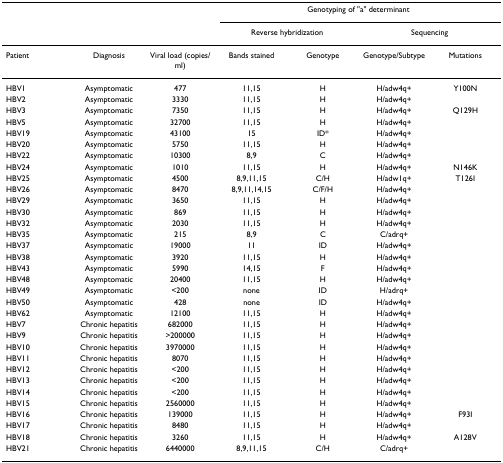
<table><thead><tr><td></td><td></td><td></td><td colspan="4"><b>Genotyping of &quot;a&quot; determinant</b></td></tr><tr><td></td><td></td><td></td><td colspan="2"><b>Reverse hybridization</b></td><td colspan="2"><b>Sequencing</b></td></tr></thead><tbody><tr><td>Patient</td><td>Diagnosis</td><td>Viral load (copies/ml)</td><td>Bands stained</td><td>Genotype</td><td>Genotype/Subtype</td><td>Mutations</td></tr><tr><td>HBV1</td><td>Asymptomatic</td><td>477</td><td>11,15</td><td>H</td><td>H/adw4q+</td><td>Y100N</td></tr><tr><td>HBV2</td><td>Asymptomatic</td><td>3330</td><td>11,15</td><td>H</td><td>H/adw4q+</td><td></td></tr><tr><td>HBV3</td><td>Asymptomatic</td><td>7350</td><td>11,15</td><td>H</td><td>H/adw4q+</td><td>Q129H</td></tr><tr><td>HBV5</td><td>Asymptomatic</td><td>32700</td><td>11,15</td><td>H</td><td>H/adw4q+</td><td></td></tr><tr><td>HBV19</td><td>Asymptomatic</td><td>43100</td><td>15</td><td>ID*</td><td>H/adw4q+</td><td></td></tr><tr><td>HBV20</td><td>Asymptomatic</td><td>5750</td><td>11,15</td><td>H</td><td>H/adw4q+</td><td></td></tr><tr><td>HBV22</td><td>Asymptomatic</td><td>10300</td><td>8,9</td><td>C</td><td>H/adw4q+</td><td></td></tr><tr><td>HBV24</td><td>Asymptomatic</td><td>1010</td><td>11,15</td><td>H</td><td>H/adw4q+</td><td>N146K</td></tr><tr><td>HBV25</td><td>Asymptomatic</td><td>4500</td><td>8,9,11,15</td><td>C/H</td><td>H/adw1q+</td><td>T126I</td></tr><tr><td>HBV26</td><td>Asymptomatic</td><td>8470</td><td>8,9,11,14,15</td><td>C/F/H</td><td>H/adw4q+</td><td></td></tr><tr><td>HBV29</td><td>Asymptomatic</td><td>3650</td><td>11,15</td><td>H</td><td>H/adw4q+</td><td></td></tr><tr><td>HBV30</td><td>Asymptomatic</td><td>869</td><td>11,15</td><td>H</td><td>H/adw4q+</td><td></td></tr><tr><td>HBV32</td><td>Asymptomatic</td><td>2030</td><td>11,15</td><td>H</td><td>H/adw4q+</td><td></td></tr><tr><td>HBV35</td><td>Asymptomatic</td><td>215</td><td>8,9</td><td>C</td><td>C/adrq+</td><td></td></tr><tr><td>HBV37</td><td>Asymptomatic</td><td>19000</td><td>11</td><td>ID</td><td>H/adw4q+</td><td></td></tr><tr><td>HBV38</td><td>Asymptomatic</td><td>3920</td><td>11,15</td><td>H</td><td>H/adw4q+</td><td></td></tr><tr><td>HBV43</td><td>Asymptomatic</td><td>5990</td><td>14,15</td><td>F</td><td>H/adw4q+</td><td></td></tr><tr><td>HBV48</td><td>Asymptomatic</td><td>20400</td><td>11,15</td><td>H</td><td>H/adw4q+</td><td></td></tr><tr><td>HBV49</td><td>Asymptomatic</td><td>&lt;200</td><td>none</td><td>ID</td><td>H/adrq+</td><td></td></tr><tr><td>HBV50</td><td>Asymptomatic</td><td>428</td><td>none</td><td>ID</td><td>H/adw4q+</td><td></td></tr><tr><td>HBV62</td><td>Asymptomatic</td><td>12100</td><td>11,15</td><td>H</td><td>H/adw4q+</td><td></td></tr><tr><td>HBV7</td><td>Chronic hepatitis</td><td>682000</td><td>11,15</td><td>H</td><td>H/adw4q+</td><td></td></tr><tr><td>HBV9</td><td>Chronic hepatitis</td><td>&gt;200000</td><td>11,15</td><td>H</td><td>H/adw4q+</td><td></td></tr><tr><td>HBV10</td><td>Chronic hepatitis</td><td>3970000</td><td>11,15</td><td>H</td><td>H/adw4q+</td><td></td></tr><tr><td>HBV11</td><td>Chronic hepatitis</td><td>8070</td><td>11,15</td><td>H</td><td>H/adw4q+</td><td></td></tr><tr><td>HBV12</td><td>Chronic hepatitis</td><td>&lt;200</td><td>11,15</td><td>H</td><td>H/adw4q+</td><td></td></tr><tr><td>HBV13</td><td>Chronic hepatitis</td><td>&lt;200</td><td>11,15</td><td>H</td><td>H/adw4q+</td><td></td></tr><tr><td>HBV14</td><td>Chronic hepatitis</td><td>&lt;200</td><td>11,15</td><td>H</td><td>H/adw4q+</td><td></td></tr><tr><td>HBV15</td><td>Chronic hepatitis</td><td>2560000</td><td>11,15</td><td>H</td><td>H/adw4q+</td><td></td></tr><tr><td>HBV16</td><td>Chronic hepatitis</td><td>139000</td><td>11,15</td><td>H</td><td>H/adw4q+</td><td>F93I</td></tr><tr><td>HBV17</td><td>Chronic hepatitis</td><td>8480</td><td>11,15</td><td>H</td><td>H/adw4q+</td><td></td></tr><tr><td>HBV18</td><td>Chronic hepatitis</td><td>3260</td><td>11,15</td><td>H</td><td>H/adw4q+</td><td>A128V</td></tr><tr><td>HBV21</td><td>Chronic hepatitis</td><td>6440000</td><td>8,9,11,15</td><td>C/H</td><td>C/adrq+</td><td></td></tr></tbody></table>